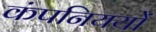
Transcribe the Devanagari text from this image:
कंपनिययों